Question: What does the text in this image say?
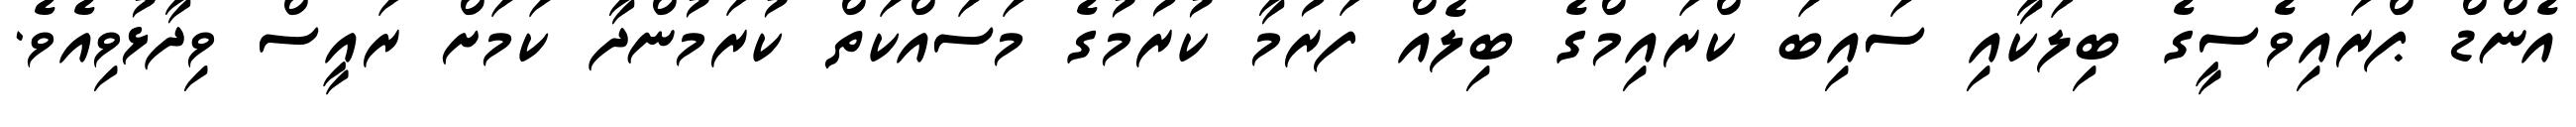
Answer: އެންޑް ޕްރައިވެސީގެ ބިލަކާއި ސައިބަ ކްރައިމްގެ ބިލެއް ފަރުމާ ކުރުމުގެ މަސައްކަތް ކުރަމުންދާ ކަމަށް ރައީސް ވިދާޅުވިއެވެ.